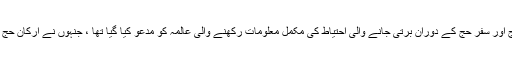
خصوصی تربیتی سیشن کے لئے خاص طور پر ارکان حج اور سفر حج کے دوران برتی جانے والی احتیاط کی مکمّل معلومات رکھنے والی عالمہ کو مدعو کیا گیا تھا ، جنہوں نے ارکان حج کے علاوہ خواتین کو دیگر اہم معلومات بھی فراہم کرائیں۔